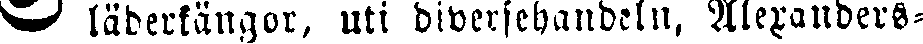
# lädersängor, uti diversehandeln, Alexanders-